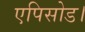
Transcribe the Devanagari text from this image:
एपिसोड।